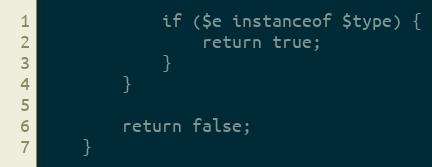
Language: PHP
            if ($e instanceof $type) {
                return true;
            }
        }

        return false;
    }